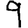
Digit: 9